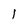
Character: l